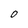
Character: O